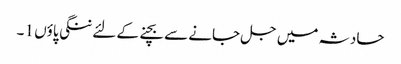
حادثہ میں جل جانے سے بچنے کے لئے ننگی پاؤں 1 ۔